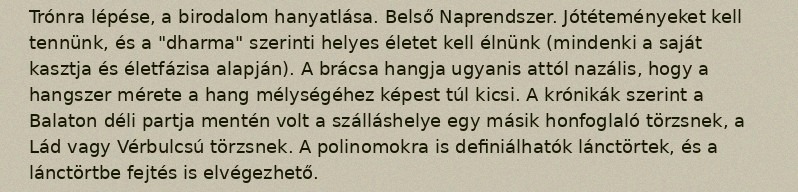
Trónra lépése, a birodalom hanyatlása. Belső Naprendszer. Jótéteményeket kell tennünk, és a "dharma" szerinti helyes életet kell élnünk (mindenki a saját kasztja és életfázisa alapján). A brácsa hangja ugyanis attól nazális, hogy a hangszer mérete a hang mélységéhez képest túl kicsi. A krónikák szerint a Balaton déli partja mentén volt a szálláshelye egy másik honfoglaló törzsnek, a Lád vagy Vérbulcsú törzsnek. A polinomokra is definiálhatók lánctörtek, és a lánctörtbe fejtés is elvégezhető.